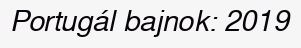
Portugál bajnok: 2019